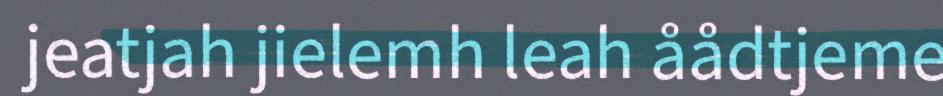
jeatjah jielemh leah åådtjeme